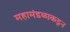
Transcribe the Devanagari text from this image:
महामंडळाकडून